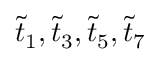
\tilde { t } _ { 1 } , \tilde { t } _ { 3 } , \tilde { t } _ { 5 } , \tilde { t } _ { 7 }